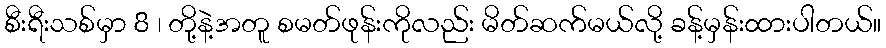
စီးရီးသစ်မှာ 8 ၊ တို့နဲ့အတူ စမတ်ဖုန်းကိုလည်း မိတ်ဆက်မယ်လို့ ခန့်မှန်းထားပါတယ်။